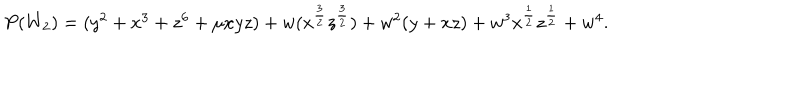
\begin{array} { l c r } { { P ( W _ { 2 } ) = ( y ^ { 2 } + x ^ { 3 } + z ^ { 6 } + \mu x y z ) + w ( x ^ { { \frac { 3 } { 2 } } } z ^ { { \frac { 3 } { 2 } } } ) + w ^ { 2 } ( y + x z ) + w ^ { 3 } x ^ { { \frac { 1 } { 2 } } } z ^ { { \frac { 1 } { 2 } } } + w ^ { 4 } . } } \\ \end{array}